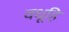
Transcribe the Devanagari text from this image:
वधूहि